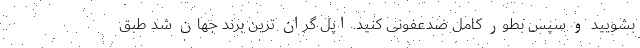
بشویید و سپس بطور کامل ضدعفونی کنید. اپل گران ترین برند جهان شد طبق